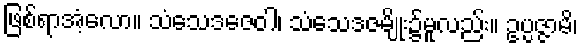
ဖြစ်ရာအံ့လော။ သံသေဒဇေဝါ၊ သံသေဒဇမျိုး၌မူလည်း။ ဥပ္ပဇ္ဇာမိ၊